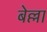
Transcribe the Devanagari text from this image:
बेल्ला